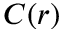
C ( r )